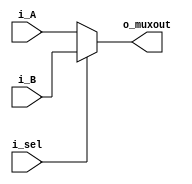
module mux2inputs_to_32bit(i_A, i_B, i_sel, o_muxout);
parameter NBITS = 32;
input  		[NBITS-1:0] i_A;
input			[NBITS-1:0] i_B;
input       i_sel;

output reg	[NBITS-1:0] o_muxout;

always@* begin
		o_muxout = (!i_sel) ? i_A : i_B;
end

endmodule